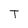
Character: T